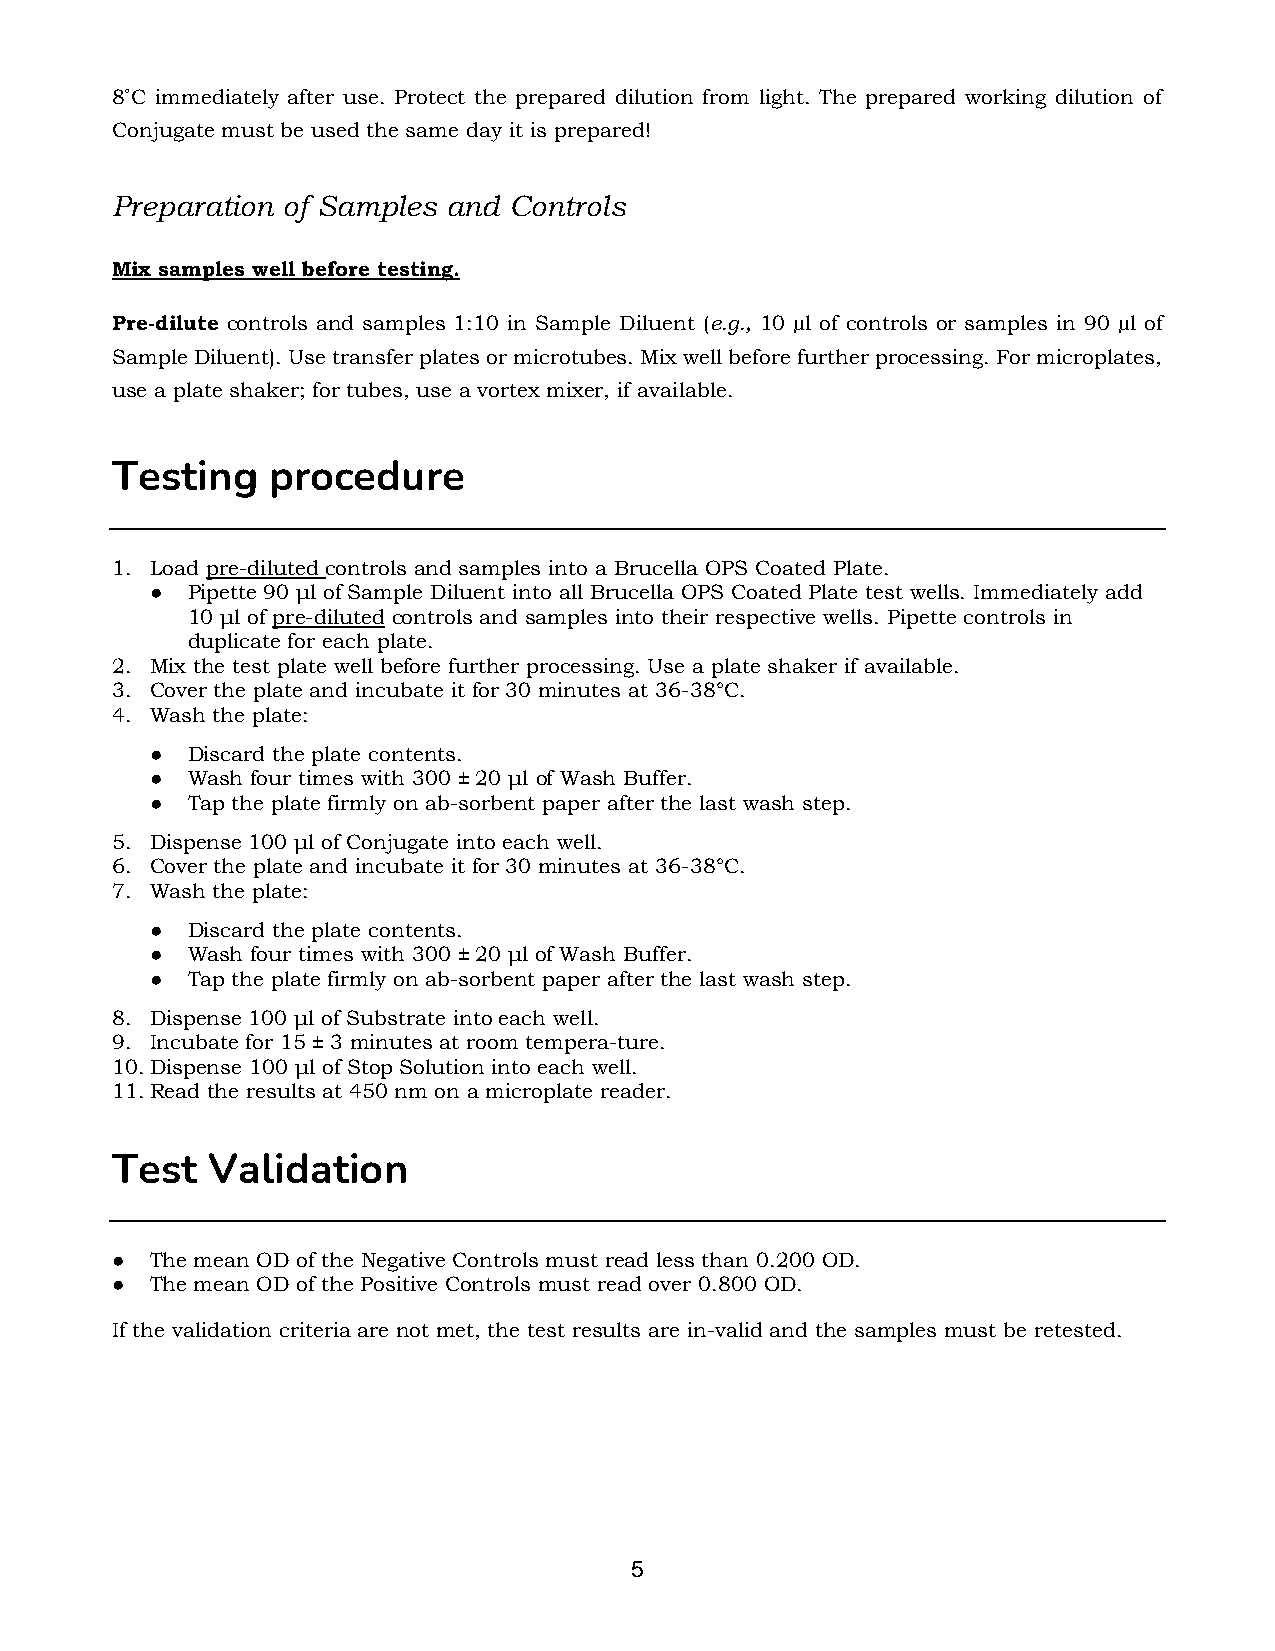
8˚C immediately after use. Protect the prepared dilution from light. The prepared working dilution of
 Conjugate must be used the same day it is prepared!
 Preparation of Samples and Controls
 Mix samples well before testing.
 Pre-dilute controls and samples 1:10 in Sample Diluent (e.g., 10 µl of controls or samples in 90 µl of
 Sample Diluent). Use transfer plates or microtubes. Mix well before further processing. For microplates,
 use a plate shaker; for tubes, use a vortex mixer, if available.
 Testing    procedure
 1. Load pre-diluted controls and samples into a Brucella OPS Coated Plate.
 ● Pipette 90 μl of Sample Diluent into all Brucella OPS Coated Plate test wells. Immediately add
 10 μl of pre-diluted controls and samples into their respective wells. Pipette controls in
 duplicate for each plate.
 2. Mix the test plate well before further processing. Use a plate shaker if available.
 3. Cover the plate and incubate it for 30 minutes at 36-38°C.
 4. Wash the plate:
 ● Discard the plate contents.
 ● Wash four times with 300 ± 20 μl of Wash Buffer.
 ● Tap the plate firmly on ab sorbent paper after the last wash step.
 5. Dispense 100 μl of Conjugate into each well.
 6. Cover the plate and incubate it for 30 minutes at 36-38°C.
 7. Wash the plate:
 ● Discard the plate contents.
 ● Wash four times with 300 ± 20 μl of Wash Buffer.
 ● Tap the plate firmly on ab sorbent paper after the last wash step.
 8. Dispense 100 μl of Substrate into each well.
 9. Incubate for 15 ± 3 minutes at room tempera ture.
 10. Dispense 100 μl of Stop Solution into each well.
 11. Read the results at 450 nm on a microplate reader.
 Test   Validation
 ●  The mean OD of the Negative Controls must read less than 0.200 OD.
 ●  The mean OD of the Positive Controls must read over 0.800 OD.
 If the validation criteria are not met, the test results are in valid and the samples must be retested.
 5